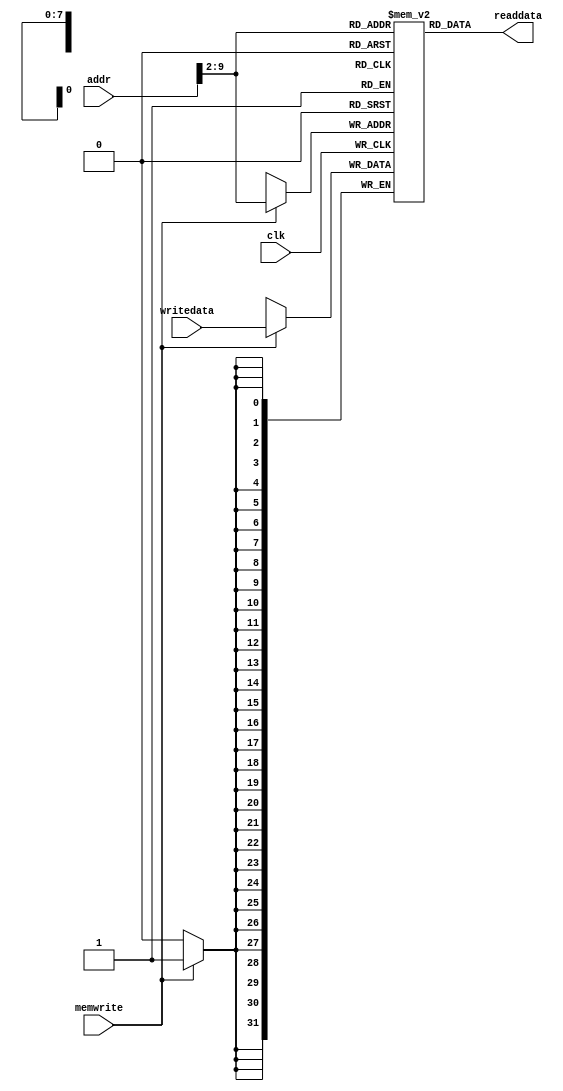
`timescale 1ns / 1ps
//////////////////////////////////////////////////////////////////////////////////
// Company: 
// 
// Design Name: 
// Module Name: dmem
// Project Name: 
// Target Devices: 
// Tool Versions: 
// Description: 
// 
// Dependencies: 
// 
// Revision:
// Revision 0.01 - File Created
// Additional Comments:
// 
//////////////////////////////////////////////////////////////////////////////////


module dmem(
    input clk,
    input memwrite,
    input [31:0] addr,writedata,
    output [31:0] readdata
    );
    
    reg [31:0] RAM[255:0];//32x256 RAM
    
    //read data from memory
    assign readdata=RAM[addr[31:2]];
    
    //write data into memory
    always@(posedge clk)
    if(memwrite)
        RAM[addr[31:2]]<=writedata;
    
endmodule